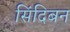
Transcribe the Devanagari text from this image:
सिंदिबन